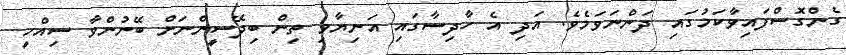
ގެންގޮސްފައިވާކަމުގައި ދަންނަވަމެވެ. އަދި އެ ހާދިސާގައި އަނިޔާވި ތިން ބިދޭސީންނަށް ބޭނުންވާ ސިއްހީ